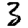
Digit: 3